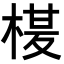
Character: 𭪶